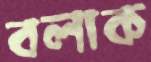
বলাক